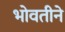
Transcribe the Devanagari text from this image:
भोवतीने